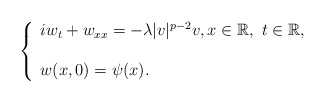
\begin{align*}\left \{ \begin{array}{l} iw_t +w_{xx} =-\lambda |v|^{p-2} v, x\in \mathbb{R} , \ t\in \mathbb{R},\\ \\ w(x,0) =\psi (x).\end{array}\right.\end{align*}